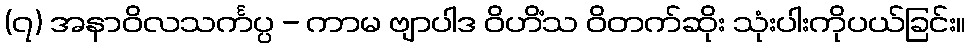
(၇) အနာဝိလသင်္ကပ္ပ - ကာမ ဗျာပါဒ ဝိဟိံသ ဝိတက်ဆိုး သုံးပါးကိုပယ်ခြင်း။